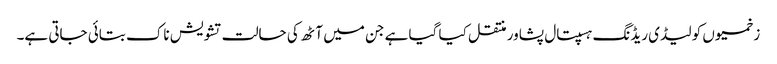
زخمیوں کو لیڈی ریڈنگ ہسپتال پشاور منتقل کیا گیا ہے جن میں آٹھ کی حالت تشویش ناک بتائی جاتی ہے۔